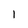
Character: 1